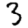
Digit: 3